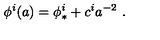
\phi ^ { i } ( a ) = \phi _ { * } ^ { i } + c ^ { i } a ^ { - 2 } \ .